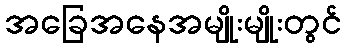
အခြေအနေအမျိုးမျိုးတွင်